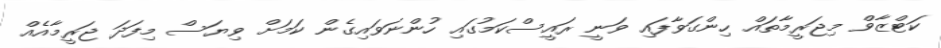
ކަޓްޒާވް މިޖަރީމާތައް ހިންގަވާފައި ވަނީ ރައީސްކަމުގައި ހުންނަވައިގެން ކަމަށް ވިޔަސް މިފަދަ ޖަރީމާއެއް